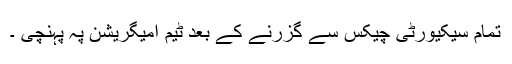
تمام سیکیورٹی چیکس سے گزرنے کے بعد ٹیم امیگریشن پہ پہنچی ۔